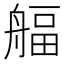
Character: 𦩡